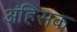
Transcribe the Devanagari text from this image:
अंहिसक